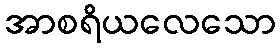
အာစရိယလေသော